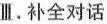
Ⅲ.补全对话